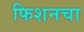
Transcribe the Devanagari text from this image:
फिशनचा